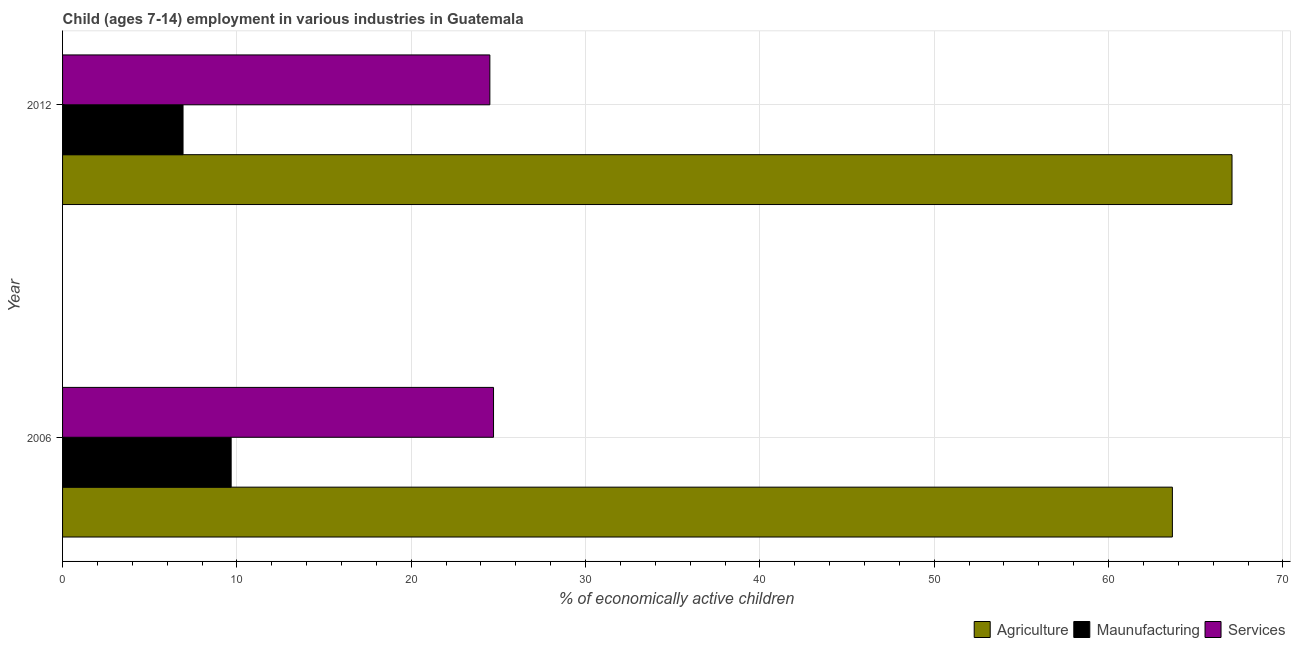
| Year | Agriculture | Maunufacturing | Services |
 | --- | --- | --- | --- |
 | 2006 | 63.7 | 9.67 | 24.7 |
 | 2012 | 67.1 | 6.91 | 24.5 |